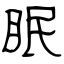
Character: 眠